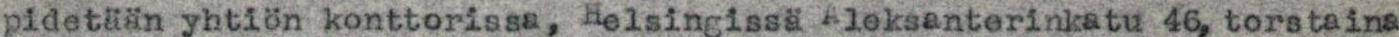
pidetään yhtiön konttorissa, Helsingissä Aleksanterinkatu 46, torstaina